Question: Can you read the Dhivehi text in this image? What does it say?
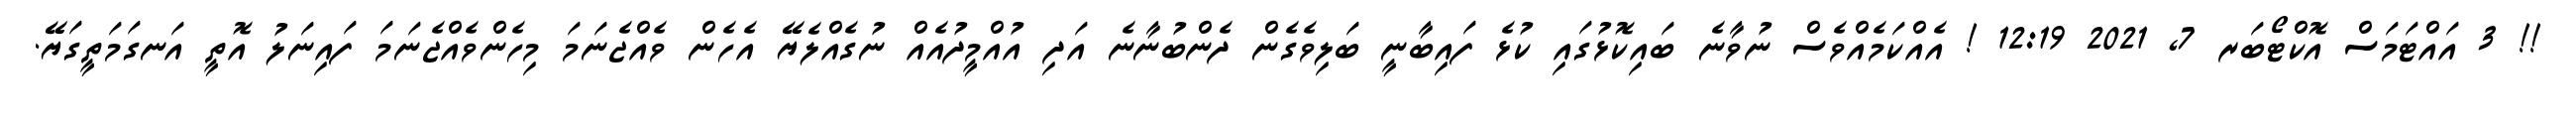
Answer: !! 3 އައްޓަމަސް އޮކްޓޯބަރ 7, 2021 12:19 ! އެއްކަމެއްވެސް ނުވާނެ ބައިކޮޅުގައި ކުޅެ ފައިބާނީ ބަލިވެގެން ދެންބުނާނެ އަދި އުއްމީދުއެއް ނުގެއްލެޔޭ އެހެން ވެއްޖެނަމަ މިހެންވެއްޖެނަމަ ފައިނަލު އޮތީ އަނގަމަތީގަޔޭ.